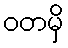
ဝတမှိ